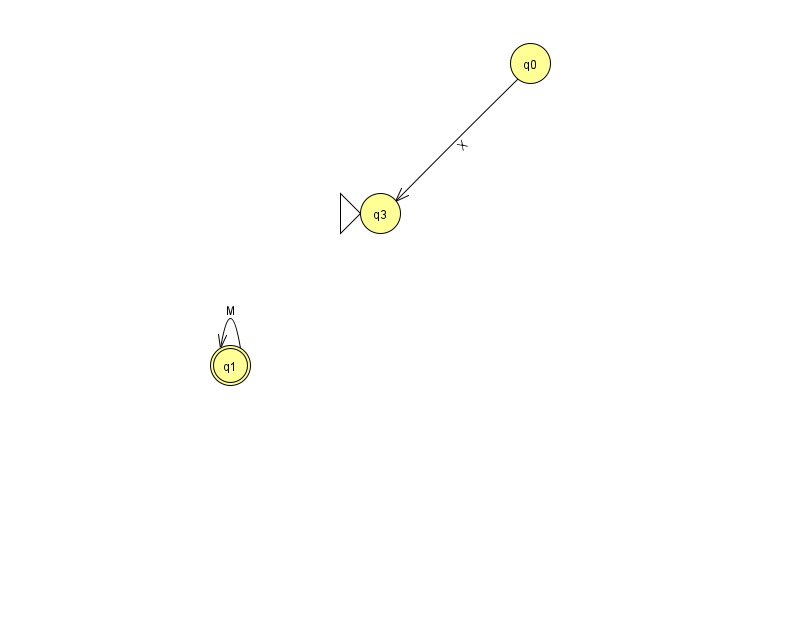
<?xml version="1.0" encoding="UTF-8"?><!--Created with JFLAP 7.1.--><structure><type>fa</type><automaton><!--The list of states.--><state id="0" name="q0"><x>530.0</x><y>50.0</y></state><state id="1" name="q1"><x>230.0</x><y>352.0</y><final/></state><state id="3" name="q3"><x>380.0</x><y>200.0</y><initial/></state><!--The list of transitions.--><transition><from>0</from><to>3</to><read>X</read></transition><transition><from>1</from><to>1</to><read>M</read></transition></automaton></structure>